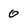
Character: 0